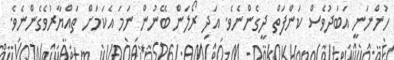
ހުންނަނީ އަބަދުވެސް ކަންފަތް ދީގެންނެވެ. އަދި ރޯލަން ބޭނުން ނަމަ އެކަމަށް ތައްޔާރުވެގެންނެވެ.